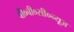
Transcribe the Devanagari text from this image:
बी०बी०सी०न्यूज़